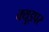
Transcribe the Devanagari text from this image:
क्युइपर